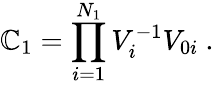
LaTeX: \mathbb{C}_{1}=\prod_{i=1}^{N_{1}}V_{i}^{-1}V_{0i}\ .